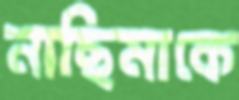
নাছিমাকে